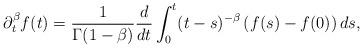
LaTeX: \begin{align*}\partial_t^\beta f(t)=\frac{1}{\Gamma (1-\beta)} \frac{d}{dt}\int_0^t (t-s)^{-\beta} \left(f(s)-f(0)\right) ds , \end{align*}